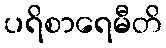
ပရိစာရေမီတိ